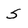
Character: 5